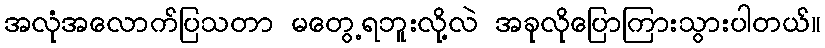
အလုံအလောက်ပြသတာ မတွေ့ရဘူးလို့လဲ အခုလိုပြောကြားသွားပါတယ်။